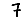
Digit: 7